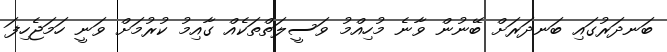
ބަނދަރުގައި ބަނދަރަށް ބޭނުން ވާނެ މުހިއްމު ވަސީލަތްތަކެއް ގާއިމު ކުރުމަށް ވަނީ ހަމަޖެހިފަ